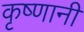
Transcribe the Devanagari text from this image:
कृष्णानी